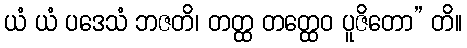
ယံ ယံ ပဒေသံ ဘဇတိ၊ တတ္ထ တတ္ထေဝ ပူဇိတော” တိ။